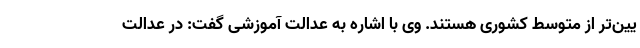
یین‌تر از متوسط کشوری هستند. وی با اشاره به عدالت آموزشی گفت: در عدالت